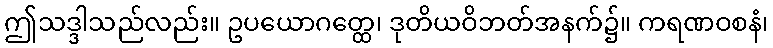
ဤသဒ္ဒါသည်လည်း။ ဥပယောဂတ္ထေ၊ ဒုတိယဝိဘတ်အနက်၌။ ကရဏဝစနံ၊